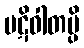
ပဋိဝါတမ္ပိ